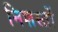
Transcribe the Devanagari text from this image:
निशस्तों